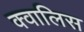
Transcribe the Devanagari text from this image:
क्वालिस